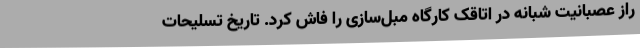
راز عصبانیت شبانه در اتاقک کارگاه مبل‌سازی را فاش کرد. تاریخ تسلیحات